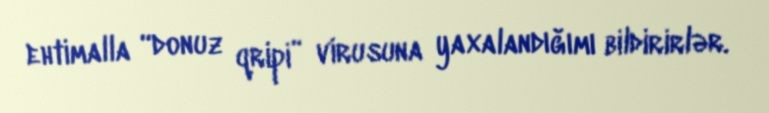
ehtimalla “donuz qripi” virusuna yaxalandığımı bildirirlər.